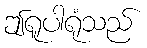
ဤရူပါရုံသည်